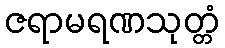
ဇရာမရဏသုတ္တံ